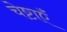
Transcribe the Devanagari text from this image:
चेष्टाऍं